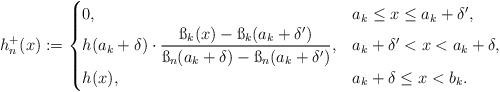
LaTeX: \begin{align*}h_n^+(x):= \begin{cases} 0, &a_k\leq x\leq a_k+\delta',\\h(a_k+\delta)\cdot \displaystyle{\frac{\ss_k(x)-\ss_k(a_k+\delta')}{\ss_n(a_k+\delta)-\ss_n(a_k+\delta')}},&a_k+\delta'<x<a_k+\delta,\\h(x),&a_k+\delta\leq x<b_k .\end{cases}\end{align*}